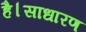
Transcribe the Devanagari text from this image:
है।साधारण